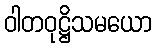
ဝါတဝုဋ္ဌိသမယော